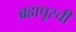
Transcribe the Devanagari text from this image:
ब्रह्मपूरची